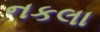
નકલા